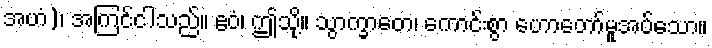
အဟံ)၊ အကြင်ငါသည်။ ဧဝံ၊ ဤသို့။ သွာက္ခာတေ၊ ကောင်းစွာ ဟောတော်မူအပ်သော။